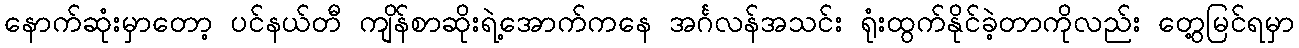
နောက်ဆုံးမှာတော့ ပင်နယ်တီ ကျိန်စာဆိုးရဲ့အောက်ကနေ အင်္ဂလန်အသင်း ရုံးထွက်နိုင်ခဲ့တာကိုလည်း တွေ့မြင်ရမှာ